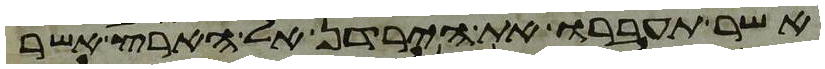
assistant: אשר תעברו את הירדן אל הארץ אשר